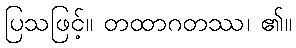
ပြသဖြင့်။ တထာဂတဿ၊ ၏။